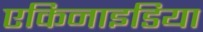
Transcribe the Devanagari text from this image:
एकिनाइडिया